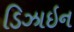
ડિઝાઇન